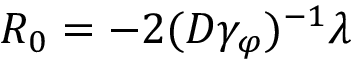
R _ { 0 } = - 2 ( D \gamma _ { \varphi } ) ^ { - 1 } \lambda